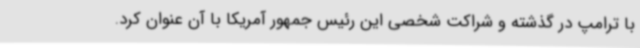
با ترامپ در گذشته و شراکت شخصی این رئیس جمهور آمریکا با آن عنوان کرد.